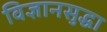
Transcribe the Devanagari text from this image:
विज्ञानसुद्धा